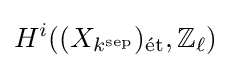
H^{i}((X_{k^{\text{sep}}})_{\text{ét}},\mathbb {Z} _{\ell })